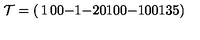
{ \cal T } = \left( \begin{matrix} { 1 } & { 0 } & { 0 } & { - 1 } & { - 2 } \\ { 0 } & { 1 } & { 0 } & { 0 } & { - 1 } \\ { 0 } & { 0 } & { 1 } & { 3 } & { 5 } \\ \end{matrix} \right)